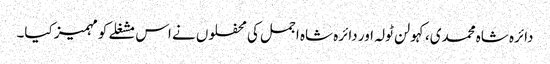
دائرہ شاہ محمدی،کہولن ٹولہ اور دائرہ شاہ اجمل کی محفلوں نے اس مشغلے کومہمیز کیا۔